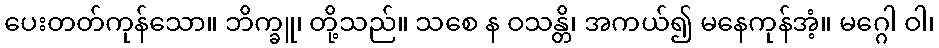
ပေးတတ်ကုန်သော။ ဘိက္ခူ၊ တို့သည်။ သစေ န ဝသန္တိ၊ အကယ်၍ မနေကုန်အံ့။ မဂ္ဂေါ ဝါ၊